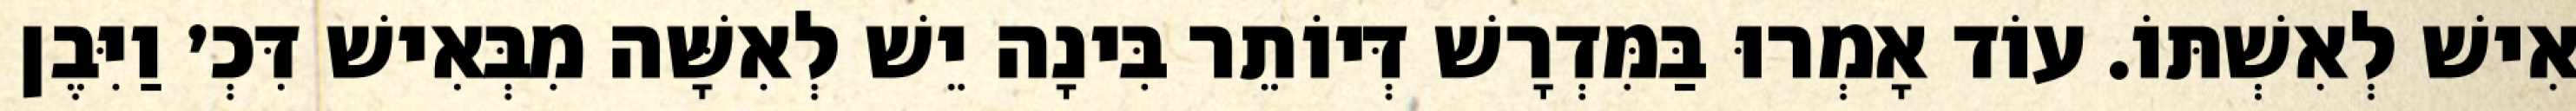
אִישׁ לְאִשְׁתּוֹ. עוֹד אָמְרוּ בַּמִּדְרָשׁ דְּיוֹתֵר בִּינָה יֵשׁ לְאִשָּׁה מִבְּאִישׁ דִּכְ׳ וַיִּבֶן